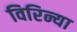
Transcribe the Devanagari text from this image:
विरिन्या